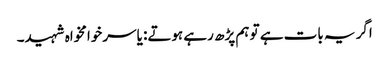
اگر یہ بات ہے تو ہم پڑھ رہے ہوتے: یاسر خوامخواہ شہید۔